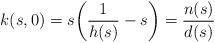
LaTeX: \begin{align*} k(s,0)=s\bigg(\frac{1}{h(s)}-s \bigg)=\frac{n(s)}{d(s)}\end{align*}